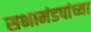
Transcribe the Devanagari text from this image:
सभामंडपांच्या